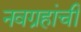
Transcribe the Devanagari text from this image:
नवग्रहांची